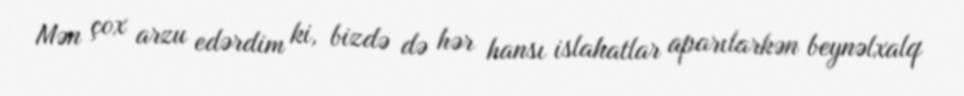
Mən çox arzu edərdim ki, bizdə də hər hansı islahatlar aparılarkən beynəlxalq